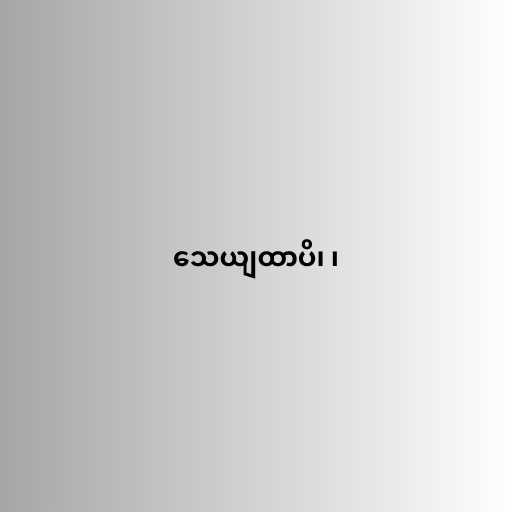
သေယျထာပိ၊ ၊